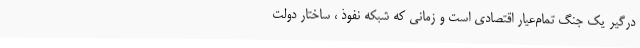
درگیر یک جنگ تمام‌عیار اقتصادی است و زمانی که شبکه نفوذ ، ساختار دولت